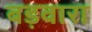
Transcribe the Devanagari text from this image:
बड़वारा